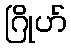
ဂြိုဟ်